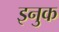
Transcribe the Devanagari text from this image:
इनुक